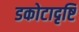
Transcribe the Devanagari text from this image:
डकोटादृष्टि